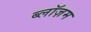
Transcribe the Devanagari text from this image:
ब्लॉज़म